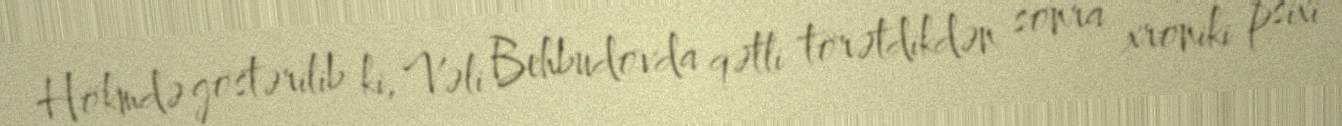
Hökmdə göstərilib ki, Vəli Behbudovda qətli törətdikdən sonra xroniki psixi